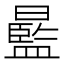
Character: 𣋣